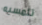
تلمسيه